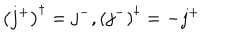
\left( j ^ { + } \right) ^ { \dagger } = j ^ { - } , \left( j ^ { - } \right) ^ { \dagger } = - j ^ { + }